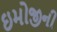
ઇમોજીની